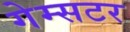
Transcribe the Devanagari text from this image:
गेम्सटर